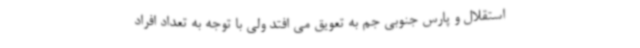
استقلال و پارس جنوبی جم به تعویق می افتد ولی با توجه به تعداد افراد